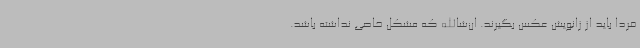
فردا باید از زانویش عکس بگیرند. ان‌شاالله که مشکل خاصی نداشته باشد.